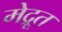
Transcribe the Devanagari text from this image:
मेद्रूत